Vaccination in Bombay 1863-1868 - 1863-1868
Year: 1863
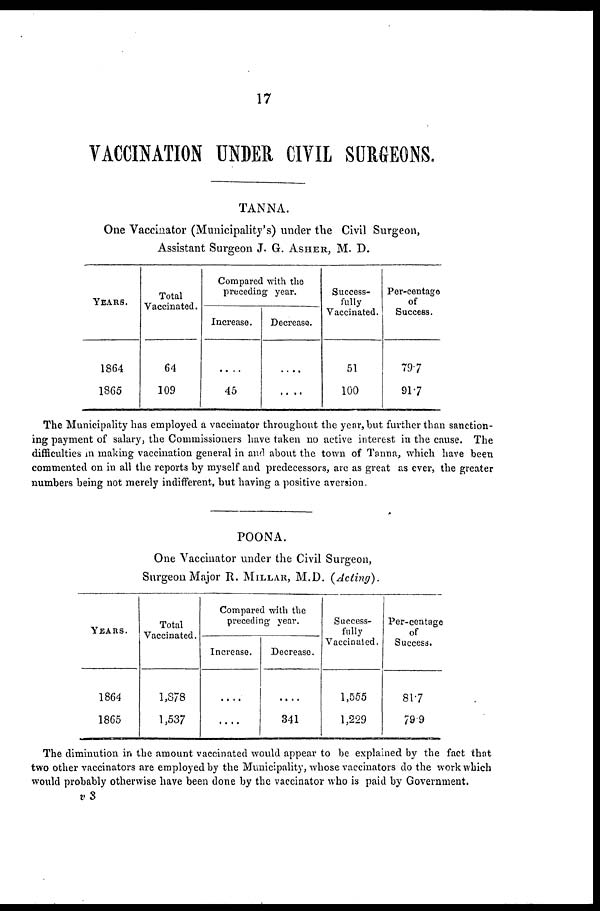
17
VACCINATION UNDER CIVIL SURGEONS.
TANNA.
One Vaccinator (Municipality's) under the Civil Surgeon,
Assistant Surgeon J. G. ASHER, M. D.
YEARS.
1864
1865
Total
Vaccinated.
64
109
Compared with the
preceding year.
Increase.
....
45
Decrease.
....
....
Success-
fully
Vaccinated.
51
100
Per-centage
of
Success.
79.7
91.7
The Municipality has employed a vaccinator throughout the year, but further than sanction-
ing payment of salary, the Commissioners have taken no active interest in the cause. The
difficulties in making vaccination general in and about the town of Tanna, which have been
commented on in all the reports by myself and predecessors, are as great as ever, the greater
numbers being not merely indifferent, but having a positive aversion.
POONA.
One Vaccinator under the Civil Surgeon,
Surgeon Major R. MILLAR, M.D. (Acting).
YEARS.
1864
1865
Total
Vaccinated.
1,878
1,537
Compared with the
preceding year.
Increase.
....
....
Decrease.
....
341
Success-
fully
Vaccinated.
1,555
1,229
Per-centage
of
Success.
81.7
79.9
The diminution in the amount vaccinated would appear to be explained by the fact that
two other vaccinators are employed by the Municipality, whose vaccinators do the work which
would probably otherwise have been done by the vaccinator who is paid by Government.
v 3